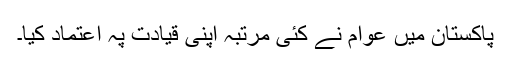
پاکستان میں عوام نے کئی مرتبہ اپنی قیادت پہ اعتماد کیا۔